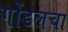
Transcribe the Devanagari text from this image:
गोंडलचा